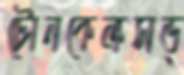
টোনকেক্রসড্